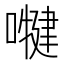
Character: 𭋑